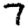
Digit: 7